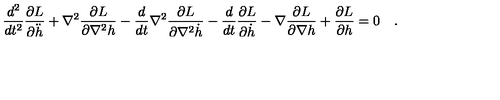
\frac { d ^ { 2 } } { d t ^ { 2 } } \frac { \partial L } { \partial \ddot { h } } + \nabla ^ { 2 } \frac { \partial L } { \partial \nabla ^ { 2 } h } - \frac { d } { d t } \nabla ^ { 2 } \frac { \partial L } { \partial \nabla ^ { 2 } \dot { h } } - \frac { d } { d t } \frac { \partial L } { \partial \dot { h } } - \nabla \frac { \partial L } { \partial \nabla h } + \frac { \partial L } { \partial h } = 0 \quad .